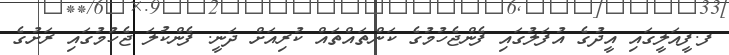
ފ.ފީއަލީގައި އީދުގެ އުފަލުގައި ފެންޖެހުމުގެ ކަންތައްތައް ކުރިއަށް ދަނީ. ފެންކުލަ ޖެހުމުގައި ރަށުގެ